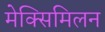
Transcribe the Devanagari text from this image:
मेक्सिमिलन